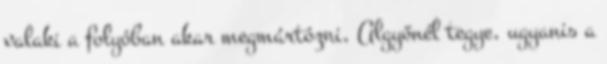
valaki a folyóban akar megmártózni, Algyőnél tegye, ugyanis a